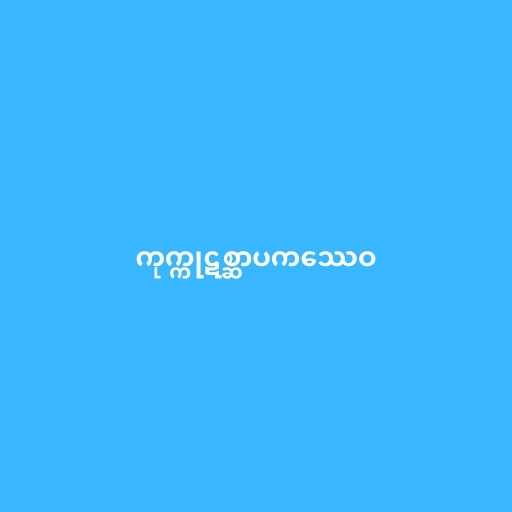
ကုက္ကုဋစ္ဆာပကဿေဝ